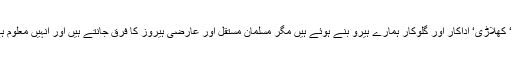
اس وقت دیکھا جائے تو ہمارے معمولی معمولی سیاست دان‘ کھلاڑی‘ اداکار اور گلوکار ہمارے ہیرو بنے ہوئے ہیں مگر مسلمان مستقل اور عارضی ہیروز کا فرق جانتے ہیں اور انہیں معلوم ہے کہ ہیرو وہی ہوتا ہے جس نے تاریخ کا رخ بدلا ہوتا ہے۔